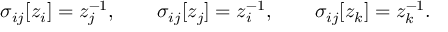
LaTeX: \sigma _ { i j } [ z _ { i } ] = z _ { j } ^ { - 1 } , \qquad \sigma _ { i j } [ z _ { j } ] = z _ { i } ^ { - 1 } , \qquad \sigma _ { i j } [ z _ { k } ] = z _ { k } ^ { - 1 } .